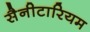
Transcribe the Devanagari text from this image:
सैनीटारियम